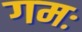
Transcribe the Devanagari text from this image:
गमः